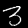
Digit: 3